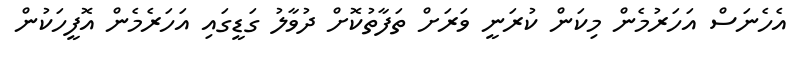
އެހެނަސް އަހަރުމެން މިކަން ކުރަނީ ވަރަށް ތަފާތުކޮށް ދުވާލު ގަޑީގައި އަހަރެމެން އޮފީހަކުން